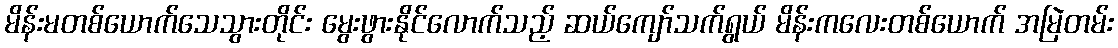
မိန်းမတစ်ယောက်သေသွားတိုင်း မွေးဖွားနိုင်လောက်သည့် ဆယ်ကျော်သက်ရွယ် မိန်းကလေးတစ်ယောက် အမြဲတမ်း